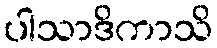
ပါသာဒိကာသိ